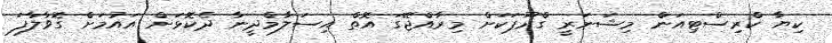
ކިޔާ ކްރިސްޓިއަން މިޝަނަރީ ގްރޫޕަކަށް މިރާއްޖޭގަ އޮތް އިސަލާމްދީނާ ދެކޮޅަށް އައުމަށް ގޮވާލާފަ